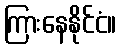
ကြားနေနိုင်ငံ။